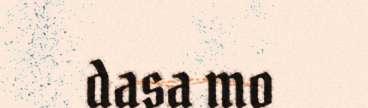
dasa mo